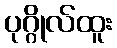
ပုဂ္ဂိုလ်ထူး